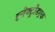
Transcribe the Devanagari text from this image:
इलेक्ट्रोडएक